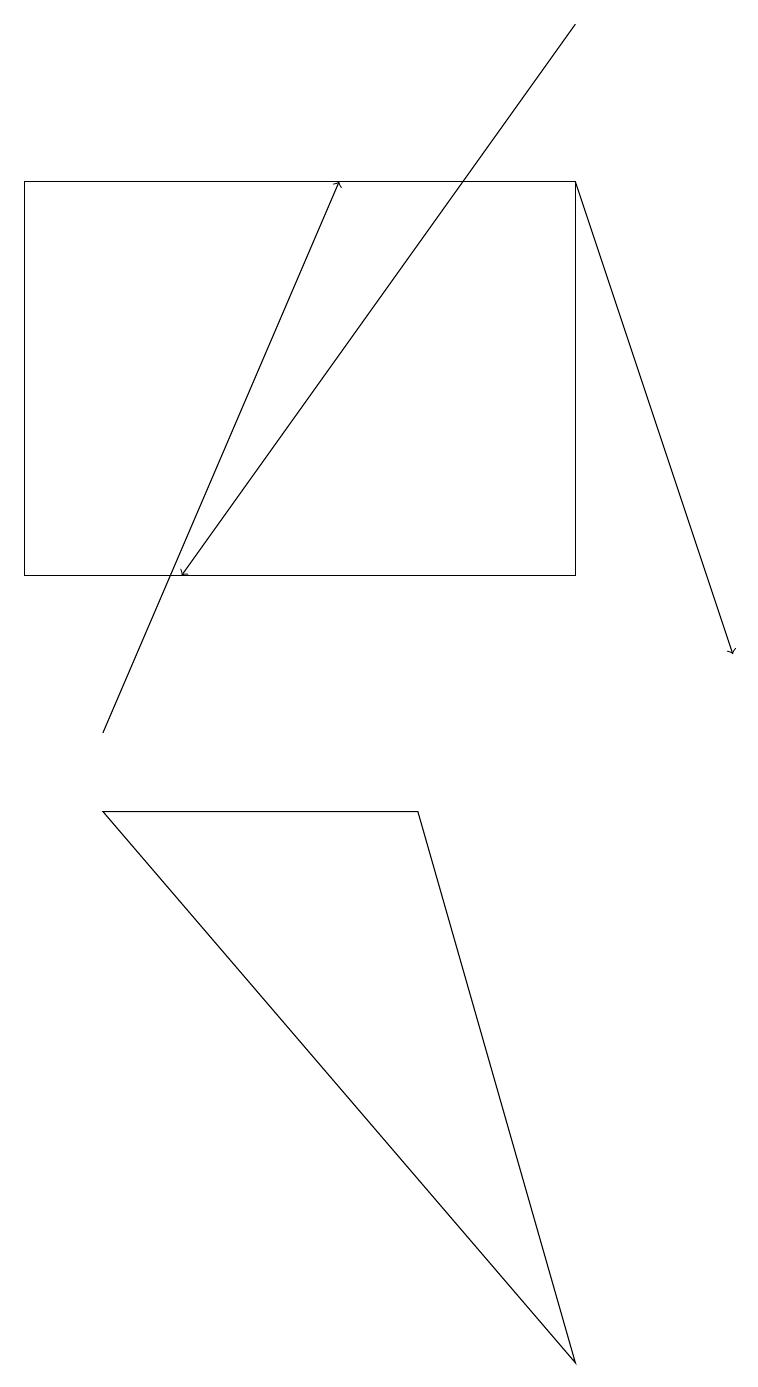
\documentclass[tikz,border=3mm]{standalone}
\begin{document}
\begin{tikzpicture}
\draw[->] (7,17) -- (9,11);
\draw (7,17) rectangle (0,12);
\draw[->] (7,19) -- (2,12);
\draw[->] (1,10) -- (4,17);
\draw (5,9) -- (1,9) -- (7,2) -- cycle;
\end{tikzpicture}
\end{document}